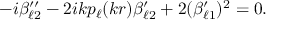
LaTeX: - i \beta _ { \ell 2 } ^ { \prime \prime } - 2 i k p _ { \ell } ( k r ) \beta _ { \ell 2 } ^ { \prime } + 2 ( \beta _ { \ell 1 } ^ { \prime } ) ^ { 2 } = 0 .